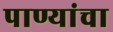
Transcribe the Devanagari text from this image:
पाण्यांचा